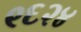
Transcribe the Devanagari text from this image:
९६२४